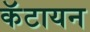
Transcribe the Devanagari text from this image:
कॅटायन